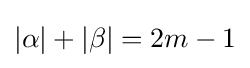
|\alpha |+|\beta |=2m-1